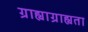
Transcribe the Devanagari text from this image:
ग्राह्याग्राह्यता